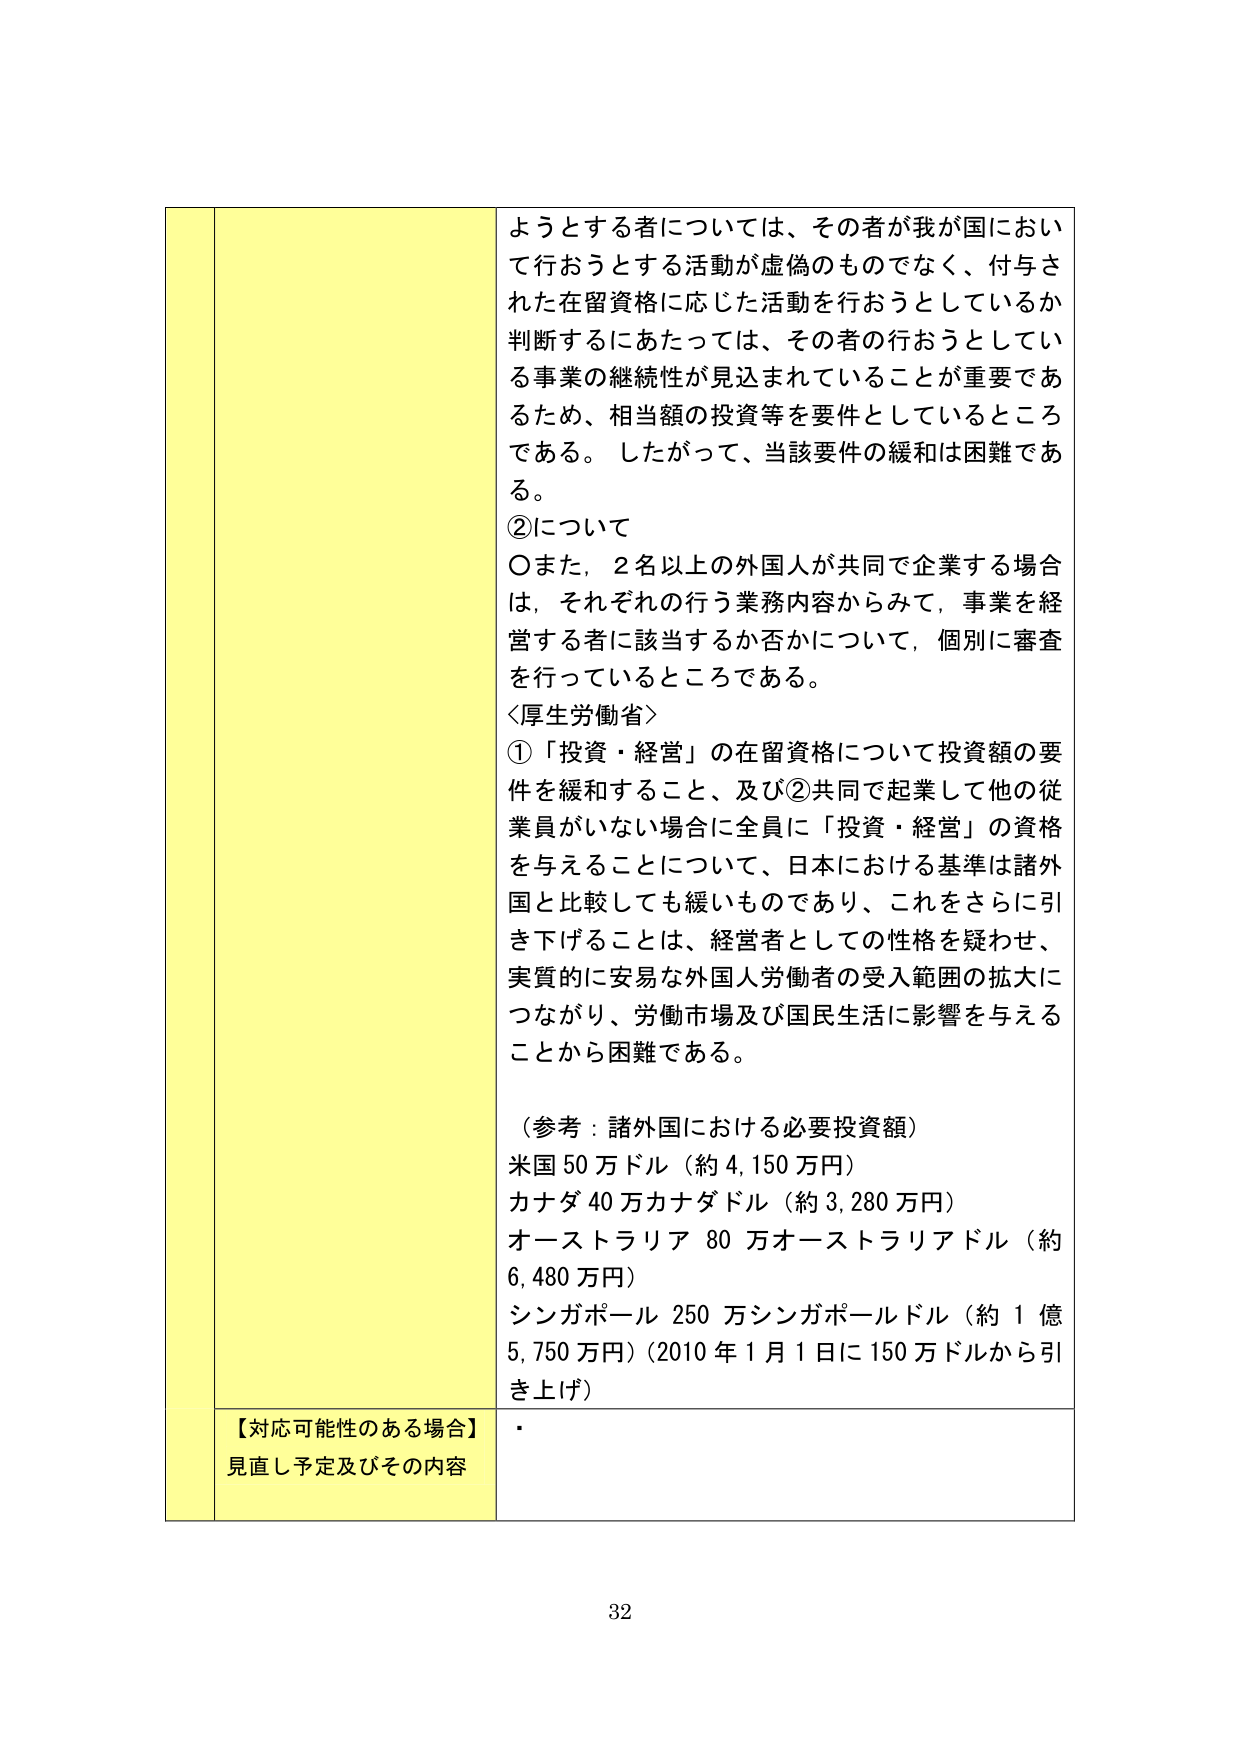
ようとする者については、その者が我が国において行おうとする活動が虚偽のものでなく、付与された在留資格に応じた活動を行おうとしているか判断するにあたっては、その者の行おうとしている事業の継続性が見込まれていることが重要であるため、相当額の投資等を要件としているところである。したがって、当該要件の緩和は困難である。

②について
〇また、2名以上の外国人が共同で企業する場合は、それぞれの行う業務内容からみて、事業を経営する者に該当するか否かについて、個別に審査を行っているところである。

〈厚生労働省〉
①「投資・経営」の在留資格について投資額の要件を緩和すること、及び②共同で起業して他の従業員がいない場合に全員に「投資・経営」の資格を与えることについて、日本における基準は諸外国と比較しても緩いものであり、これをさらに引き下げることは、経営者としての性格を疑わせ、実質的に安易な外国人労働者の受入範囲の拡大につながり、労働市場及び国民生活に影響を与えることから困難である。

（参考：諸外国における必要投資額）
米国 50万ドル（約4,150万円）
カナダ 40万カナダドル（約3,280万円）
オーストラリア 80万オーストラリアドル（約6,480万円）
シンガポール 250万シンガポールドル（約1億5,750万円）（2010年1月1日に150万ドルから引き上げ）

【対応可能性のある場合】
見直し予定及びその内容
・

32